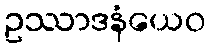
ဥဿာဒနံယေဝ